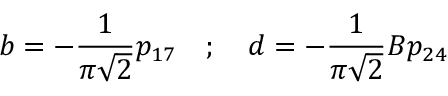
b = - \frac { 1 } { \pi \sqrt { 2 } } p _ { 1 7 } \quad ; \quad d = - \frac { 1 } { \pi \sqrt { 2 } } B p _ { 2 4 }